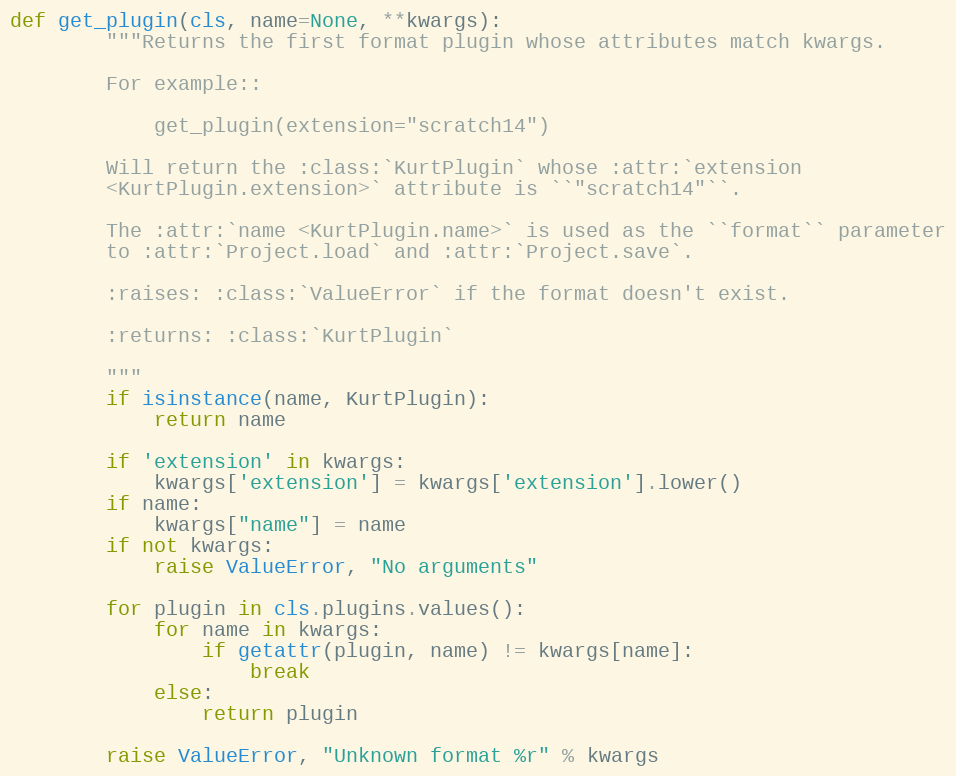
Language: Python
def get_plugin(cls, name=None, **kwargs):
        """Returns the first format plugin whose attributes match kwargs.

        For example::

            get_plugin(extension="scratch14")

        Will return the :class:`KurtPlugin` whose :attr:`extension
        <KurtPlugin.extension>` attribute is ``"scratch14"``.

        The :attr:`name <KurtPlugin.name>` is used as the ``format`` parameter
        to :attr:`Project.load` and :attr:`Project.save`.

        :raises: :class:`ValueError` if the format doesn't exist.

        :returns: :class:`KurtPlugin`

        """
        if isinstance(name, KurtPlugin):
            return name

        if 'extension' in kwargs:
            kwargs['extension'] = kwargs['extension'].lower()
        if name:
            kwargs["name"] = name
        if not kwargs:
            raise ValueError, "No arguments"

        for plugin in cls.plugins.values():
            for name in kwargs:
                if getattr(plugin, name) != kwargs[name]:
                    break
            else:
                return plugin

        raise ValueError, "Unknown format %r" % kwargs